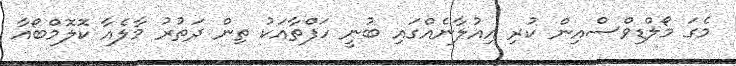
މެގަ މޯލްޑިވްސްއިން ކުރި އިއުލާނެއްގައި ބުނީ ހަފްތާއަކު ތިން ދަތުރު މާލެއާ ކޮލޮމްބޯއާ